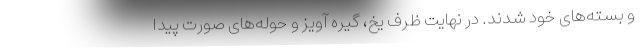
و بسته‌های خود شدند. در نهایت ظرف یخ، گیره آویز و حوله‌های صورت پیدا